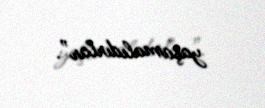
yaşamalıdırlar”.